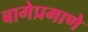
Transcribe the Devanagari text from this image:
बागेप्रमाणे